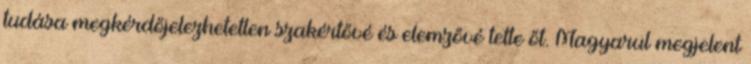
tudása megkérdőjelezhetetlen szakértővé és elemzővé tette őt. Magyarul megjelent